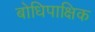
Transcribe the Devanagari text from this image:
बोधिपाक्षिक